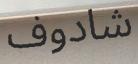
شادوف